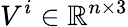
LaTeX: V^{i}\in\mathbb{R}^{n\times 3}